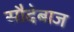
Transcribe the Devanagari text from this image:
सौदेबाज